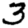
Digit: 3